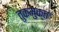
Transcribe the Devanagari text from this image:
तुकमुक्त